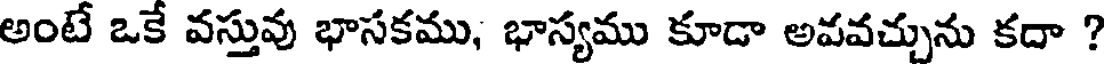
అంటే ఒకే వస్తువు భాసకము, భాస్యము కూడా అవవచ్చును కదా ?